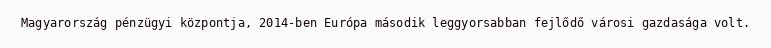
Magyarország pénzügyi központja, 2014-ben Európa második leggyorsabban fejlődő városi gazdasága volt.